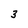
Character: 3